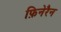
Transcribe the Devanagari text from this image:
फ़िनेरैन